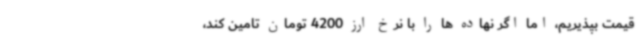
قیمت بپذیریم، اما اگر نهاده ها را با نرخ ارز 4200 تومان تامین کند،